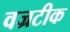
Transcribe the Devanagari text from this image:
वज्रटीक